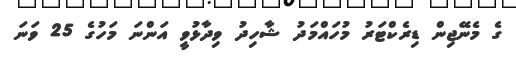
ގެ މެނޭޖިން ޑިރެކްޓަރު މުހައްމަދު ޝާހިދު ވިދާޅުވީ އަންނަ މަހުގެ 25 ވަނަ